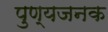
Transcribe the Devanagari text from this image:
पुण्यजनक